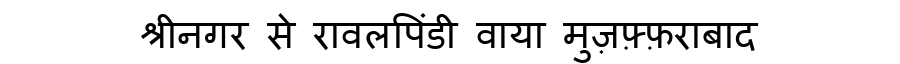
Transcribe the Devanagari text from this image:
श्रीनगर से रावलपिंडी वाया मुज़फ़्फ़राबाद